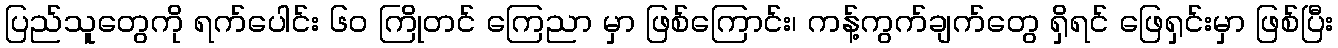
ပြည်သူတွေကို ရက်ပေါင်း ၆၀ ကြိုတင် ကြေညာ မှာ ဖြစ်ကြောင်း၊ ကန့်ကွက်ချက်တွေ ရှိရင် ဖြေရှင်းမှာ ဖြစ်ပြီး